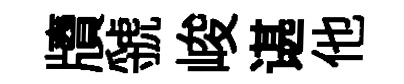
牘虢峻谌他